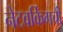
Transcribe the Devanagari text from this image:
नेटवर्किंगची